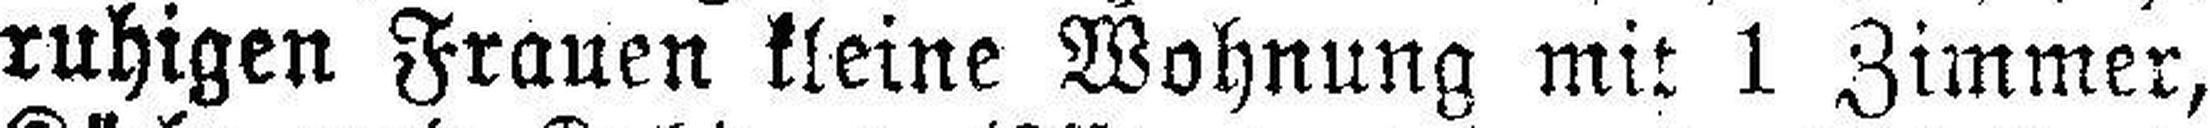
ruhigen Frauen kleine Wohnung mit 1 Zimmer,